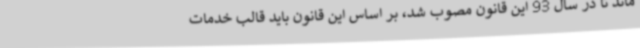
ماند تا در سال 93 این قانون مصوب شد، بر اساس این قانون باید قالب خدمات